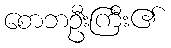
စောဘဦးကြီး၏